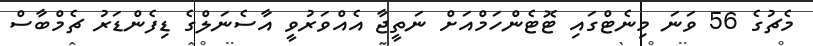
މެޗުގެ 56 ވަނަ މިނެޓްގައި ޓޮޓެންހަމްއަށް ނަތީޖާ އެއްވަރުވީ އާސެނަލްގެ ޑިފެންޑަރު ޗެމްބާސް